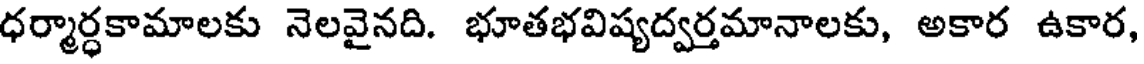
ధర్మార్ధకామాలకు నెలవైనది. భూతభవిష్యద్వర్తమానాలకు, అకార ఉకార,